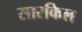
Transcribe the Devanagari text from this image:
सारकिल